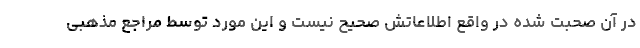
در آن صحبت شده در واقع اطلاعاتش صحیح نیست و این مورد توسط مراجع مذهبی